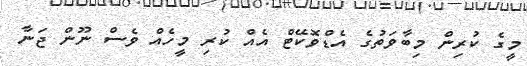
މީގެ ކުރިން މިބާވަތުގެ އެޑްވޮކޭޓް އެއް ކުރި މީހެއް ވެސް ނޫން ޖަނާ